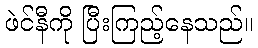
ဖဲင်နီကို ပြီးကြည့်နေသည်။